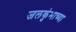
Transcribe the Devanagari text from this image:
जलकुंभाच्या